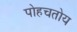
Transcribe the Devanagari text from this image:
पोहचतोय